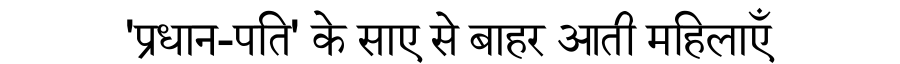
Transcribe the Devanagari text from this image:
'प्रधान-पति' के साए से बाहर आती महिलाएँ